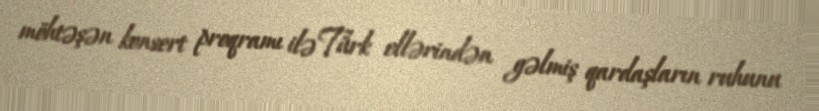
möhtəşən konsert proqramı ilə Türk ellərindən gəlmiş qardaşların ruhunu